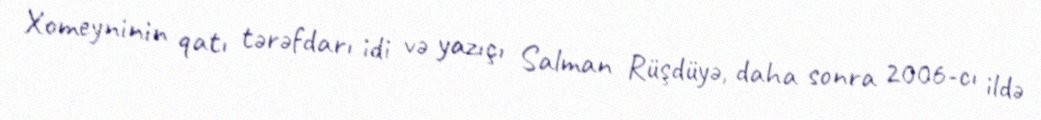
Xomeyninin qatı tərəfdarı idi və yazıçı Salman Rüşdüyə, daha sonra 2006-cı ildə